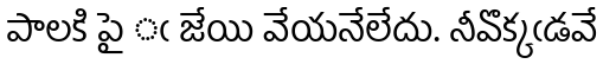
పాలకి పై ఁ జేయి వేయనేలేదు. నీవొక్కఁడవే